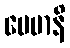
ပေမာနိ